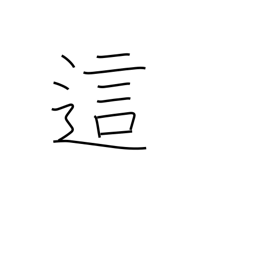
Meaning: creep